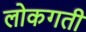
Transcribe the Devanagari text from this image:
लोकगती